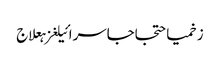
زخمیاحتجاجاسرائیلغزہعلاج